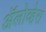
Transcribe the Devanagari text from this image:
ॲलोव्हेरा